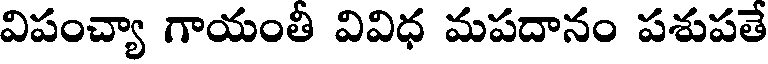
విపంచ్యా గాయంతీ వివిధ మపదానం పశుపతే